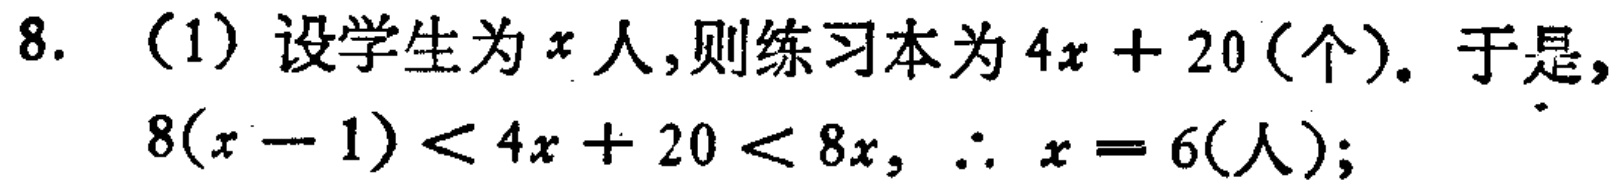
8. （1）设学生为\(x\)人,则练习本为\(4x + 20\)(个). 于是,
\(8(x - 1) < 4x + 20 < 8x,\ \therefore\ x = 6\)(人);